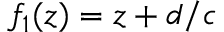
f _ { 1 } ( z ) = z + d / c \quad